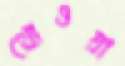
থোওয়া